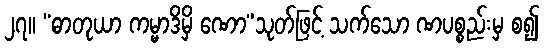
၂၇။ “ဓာတုယာ ကမ္မာဒိမှိ ဏော”သုတ်ဖြင့် သက်သော ဏပစ္စည်းမှ စ၍